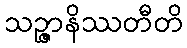
သဉ္ဇာနိဿတီတိ